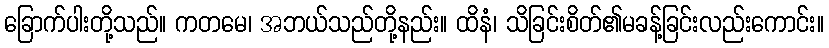
ခြောက်ပါးတို့သည်။ ကတမေ၊ အဘယ်သည်တို့နည်း။ ထိနံ၊ သိခြင်းစိတ်၏မခန့်ခြင်းလည်းကောင်း။